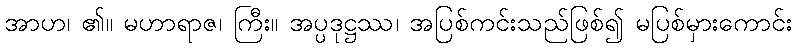
အာဟ၊ ၏။ မဟာရာဇ၊ ကြီး။ အပ္ပဒုဋ္ဌဿ၊ အပြစ်ကင်းသည်ဖြစ်၍ မပြစ်မှားကောင်း